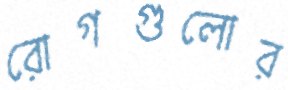
রোগগুলোর